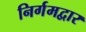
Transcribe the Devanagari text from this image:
निर्गमद्वार